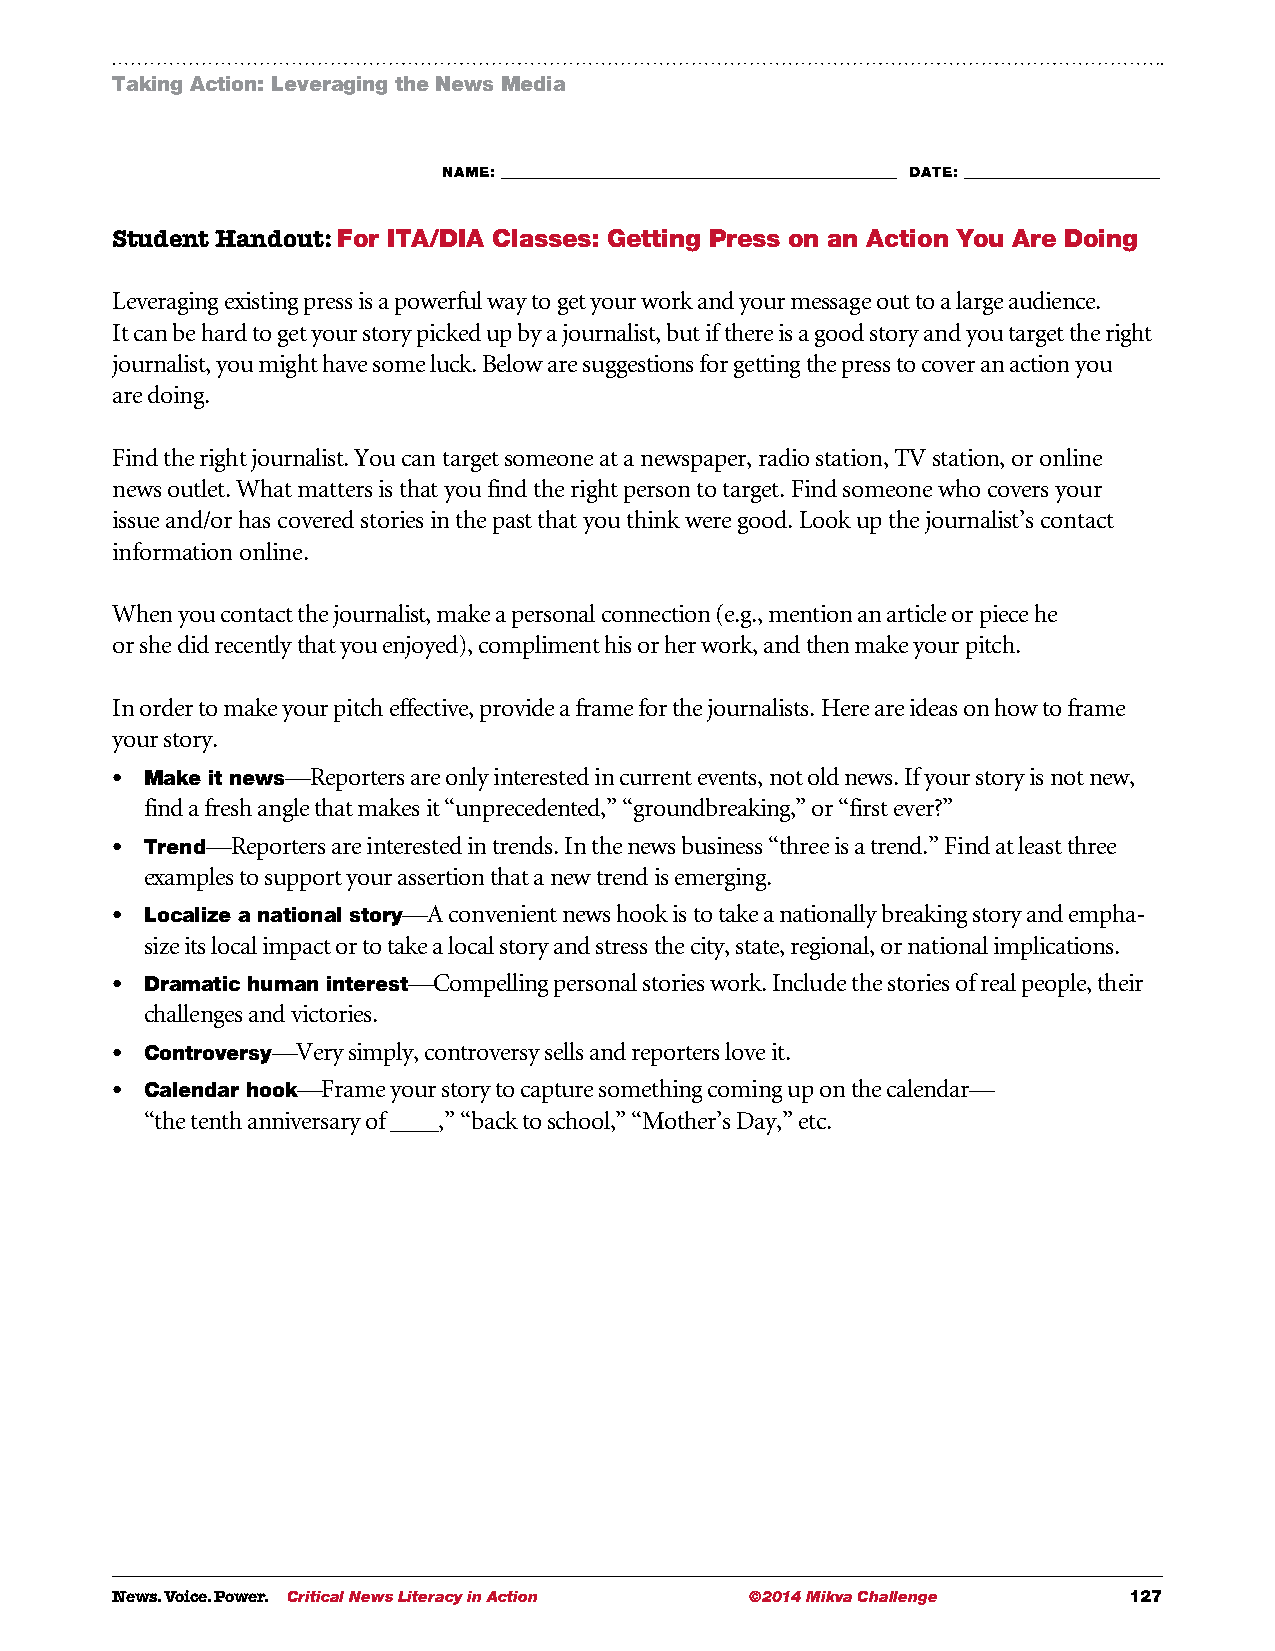
Taking Action: Leveraging the News Media
 NAME: ___________________________________________________________ DATE: _____________________________
 Student Handout: For ITA/DIA Classes: Getting Press on an Action You Are Doing
 Leveraging existing press is a powerful way to get your work and your message out to a large audience.
 It can be hard to get your story picked up by a journalist, but if there is a good story and you target the right
 journalist, you might have some luck. Below are suggestions for getting the press to cover an action you
 are doing.
 Find the right journalist. You can target someone at a newspaper, radio station, TV station, or online
 news outlet. What matters is that you find the right person to target. Find someone who covers your
 issue and/or has covered stories in the past that you think were good. Look up the journalist’s contact
 information online.
 When you contact the journalist, make a personal connection (e.g., mention an article or piece he
 or she did recently that you enjoyed), compliment his or her work, and then make your pitch.
 In order to make your pitch effective, provide a frame for the journalists. Here are ideas on how to frame
 your story.
 •  M ake it news—Reporters are only interested in current events, not old news. If your story is not new,
 find a fresh angle that makes it “unprecedented,” “groundbreaking,” or “first ever?”
 •  Trend—Reporters are interested in trends. In the news business “three is a trend.” Find at least three
 examples to support your assertion that a new trend is emerging.
 •  L ocalize a national story—A convenient news hook is to take a nationally breaking story and empha-
 size its local impact or to take a local story and stress the city, state, regional, or national implications.
 •  D ramatic human interest—Compelling personal stories work. Include the stories of real people, their
 challenges and victories.
 •  Controversy—Very simply, controversy sells and reporters love it.
 •  Calendar hook—Frame your story to capture something coming up on the calendar—
 “the tenth anniversary of ____,” “back to school,” “Mother’s Day,” etc.
 News. Voice. Power. Critical News Literacy in Action ©2014 Mikva Challenge 127